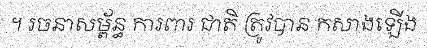
។ រចនាសម្ព័ន្ធ ការពារ ជាតិ ត្រូវបាន កសាងឡើង